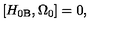
\left[ H _ { 0 \mathrm { B } } , \Omega _ { 0 } \right] = 0 ,